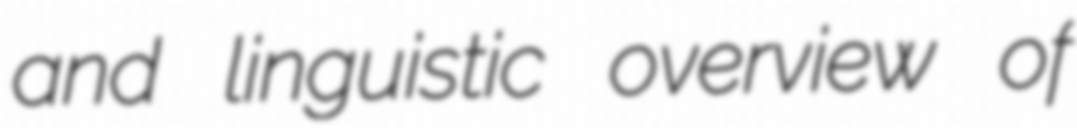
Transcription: and linguistic overview of